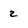
Character: z